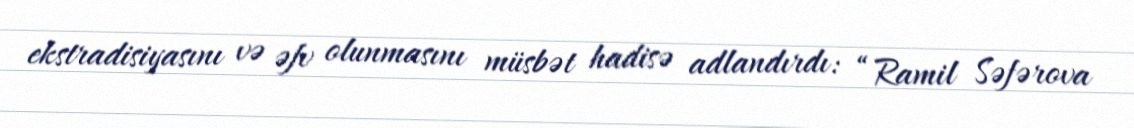
ekstradisiyasını və əfv olunmasını müsbət hadisə adlandırdı: “Ramil Səfərova